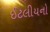
ઈટલીયનો